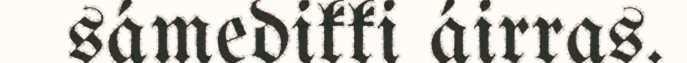
sámedikki áirras.